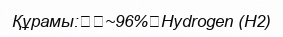
Құрамы:		~96%	Hydrogen (H2)